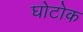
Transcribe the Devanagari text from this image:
घोटोक